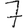
Digit: 7